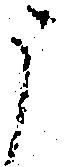
う